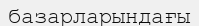
базарларындағы